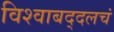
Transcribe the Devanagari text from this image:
विश्वाबद्दलचं